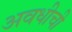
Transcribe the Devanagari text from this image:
अवधीची